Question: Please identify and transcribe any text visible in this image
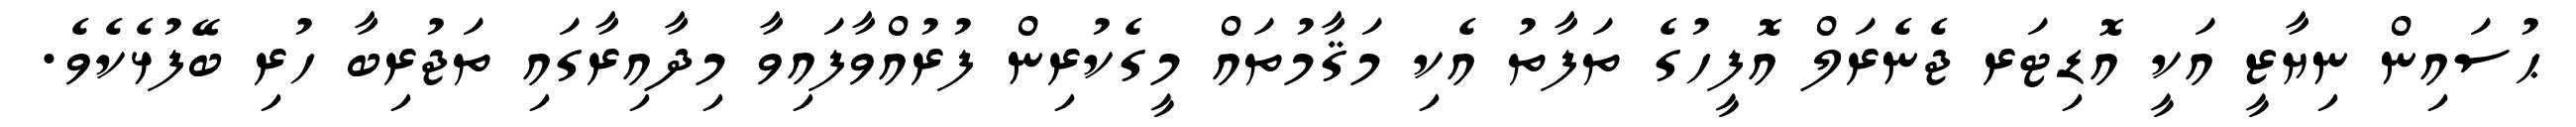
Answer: ޙުސައިން ނިޔާޒީ އަކީ އޮޑިޓަރ ޖެނެރަލް އޮފީހުގެ ތަފާތު އެކި މަޤާމުތައް މީގެކުރިން ފުރުއްވާފައިވާ މިދާއިރާގައި ތަޖުރިބާ ހުރި ބޭފުޅެކެވެ.